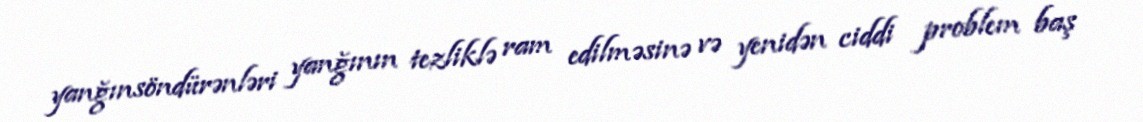
yanğınsöndürənləri yanğının tezliklə ram edilməsinə və yenidən ciddi problem baş